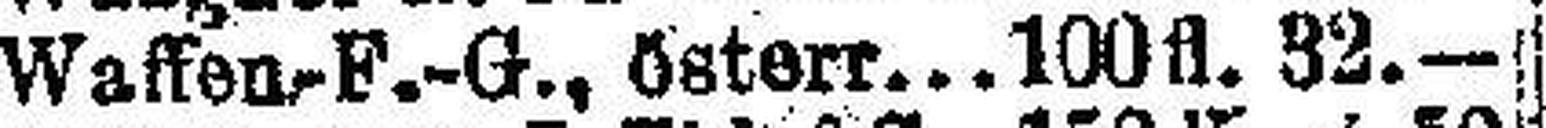
Waffen-F.-G., österr  100 fl. 32.—